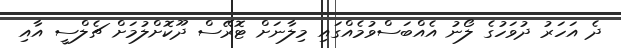
ދެ އަހަރު ދުވަހުގެ ލޯނު އެއްބަސްވުމެއްގައި މިލާނަށް ޓޮރޭސް ދޫކޮށްލުމަށް ޗެލްސީ އާއި